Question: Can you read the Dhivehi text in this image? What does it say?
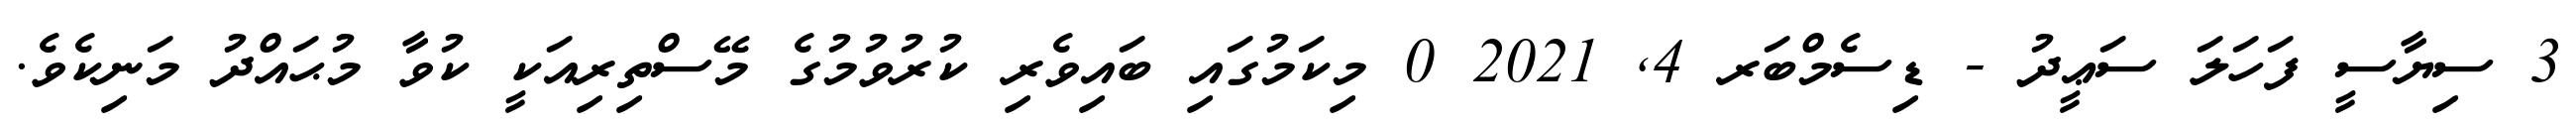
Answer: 3 ސިޔާސީ ފަހަލަ ސަޢީދު - ޑިސެމްބަރ 4, 2021 0 މިކަމުގައި ބައިވެރި ކުރުވުމުގެ މޭސްތިރިއަކީ ކުވާ މުޙައްދު މަނިކެވެ.